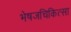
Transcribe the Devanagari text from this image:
भेषजचिकित्सा